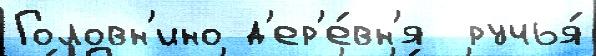
Головн'ино д'ер'е́вн'я  ручья́